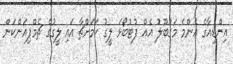
އިންޑިއާގެ އެންމެ މަގުބޫލު އެއް ފުޓުބޯޅަ ލީގު ކަަމަށްޗާ އައި ލީގުގެ ޗެމްޕިއަންކަން